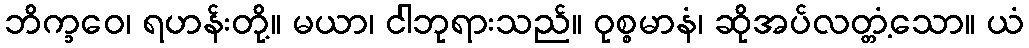
ဘိက္ခဝေ၊ ရဟန်းတို့။ မယာ၊ ငါဘုရားသည်။ ဝုစ္စမာနံ၊ ဆိုအပ်လတ္တံ့သော။ ယံ